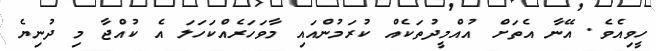
ހީވިއެވެ. އޭނާ އެތަށް އުއްމީދުތަކެއް ކުރަމުންއައި މާވަހަރެއްކަހަލަ އެ ކުއްޖާ މި ދުނިޔެ